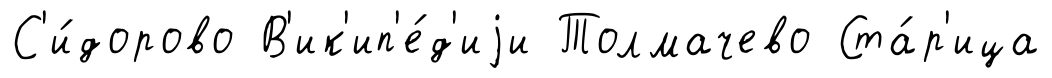
С'и́дорово В'ик'ип'е́д'иjи Толмачево Ста́р'ица